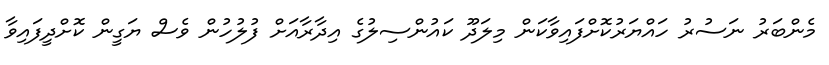
މެންބަރު ނަސުރު ހައްޔަރުކޮށްފައިވާކަން މިލަދޫ ކައުންސިލުގެ އިދާރާއަށް ފުލުހުން ވެސް ޔަގީން ކޮށްދީފައިވާ